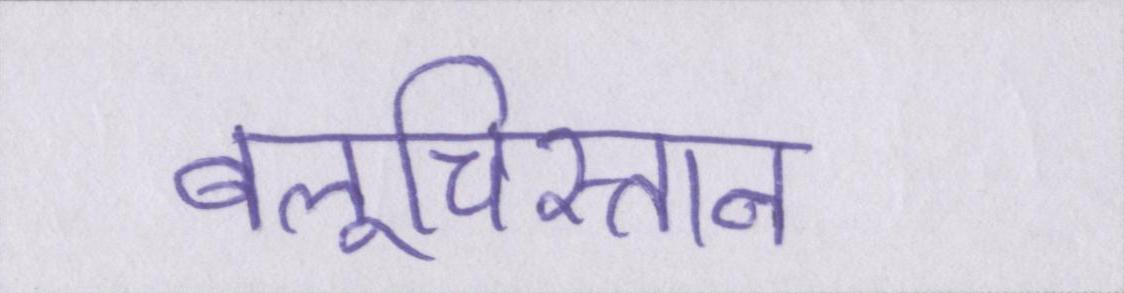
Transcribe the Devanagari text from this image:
बलूचिस्तान